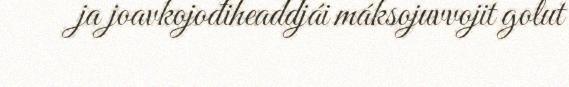
ja joavkojođiheaddjái máksojuvvojit golut